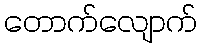
တောက်လျောက်